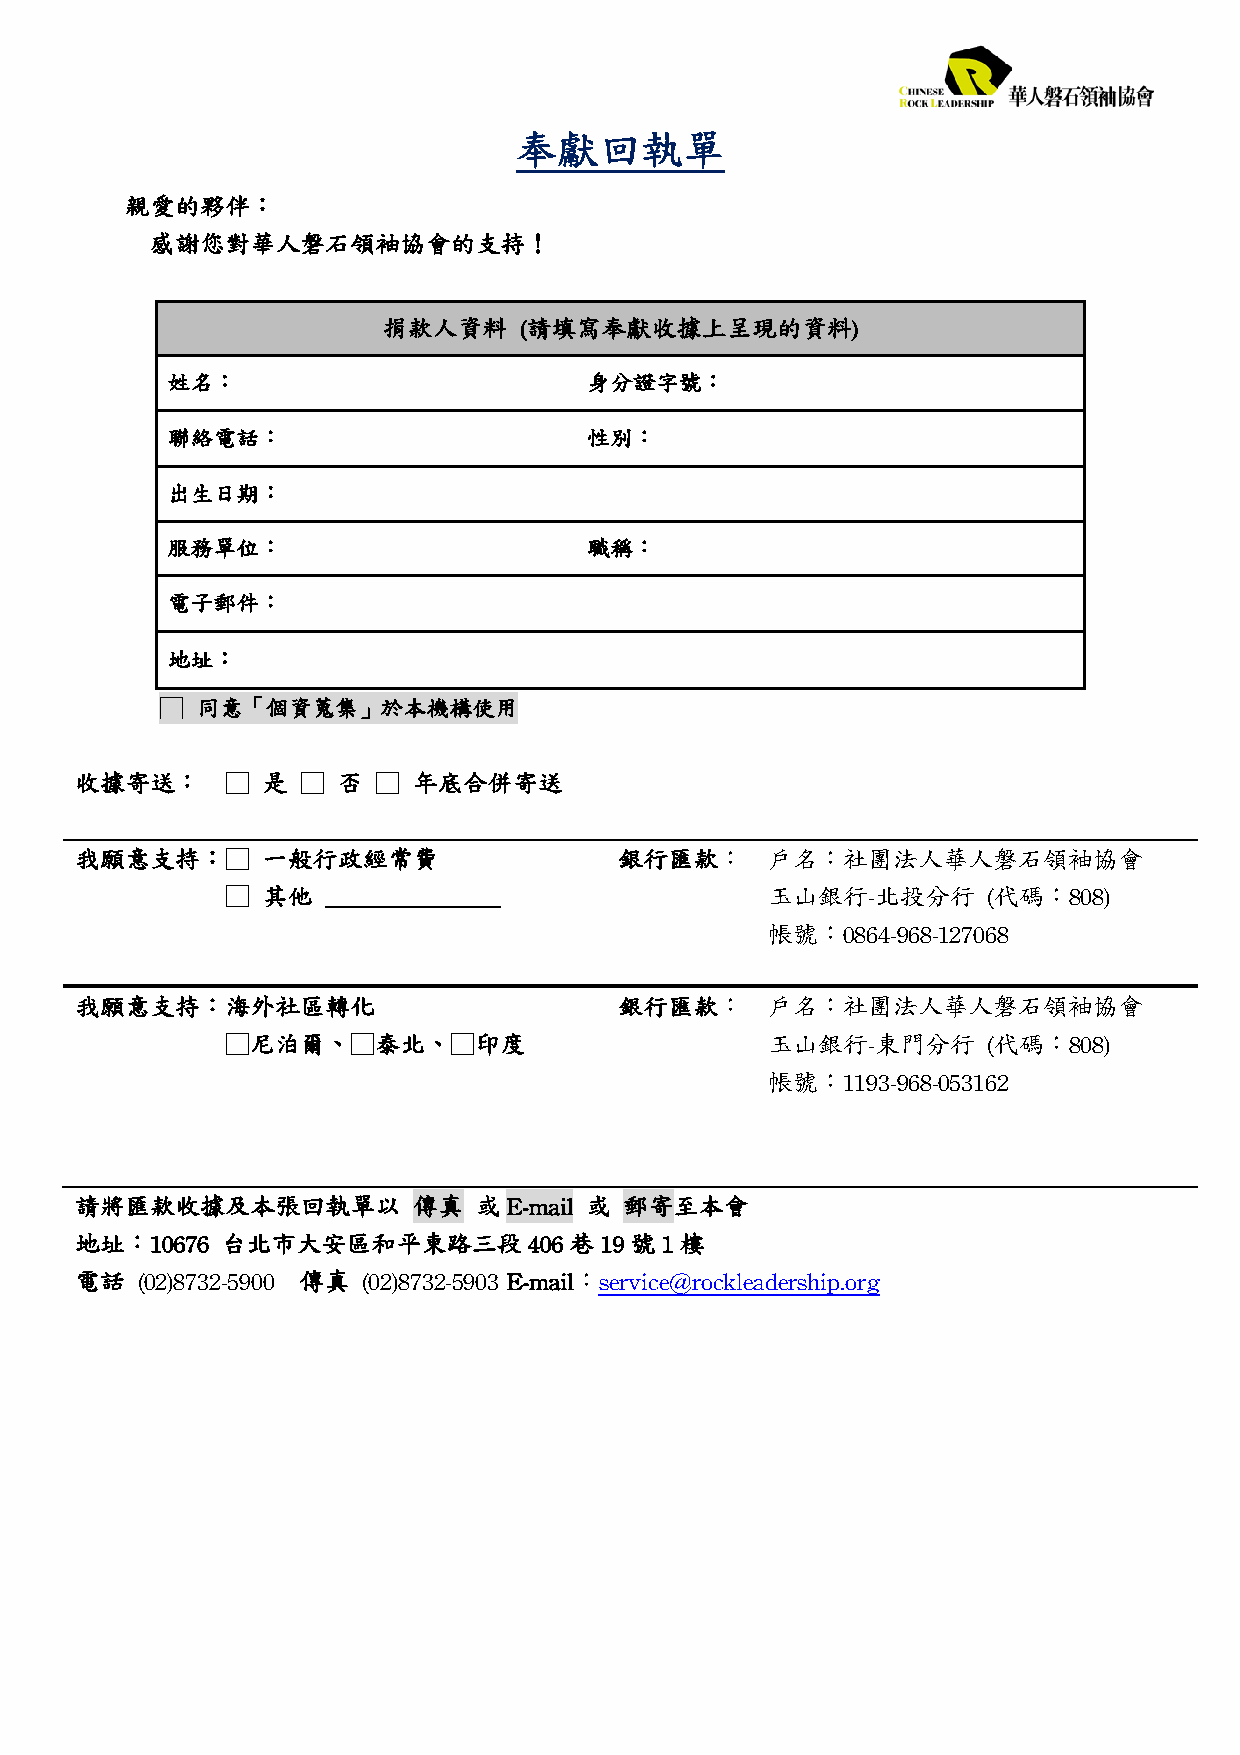
奉獻回執單
 親愛的夥伴：
 感謝您對華人磐石領袖協會的支持！
 捐款人資料    (請填寫奉獻收據上呈現的資料)
 姓名：                         身分證字號：
 聯絡電話：                       性別：
 出生日期：
 服務單位：                       職稱：
 電子郵件：
 地址：
 □ 同意「個資蒐集」於本機構使用
 收據寄送：     □ 是  □ 否  □ 年底合併寄送
 我願意支持：□     一般行政經常費                 銀行匯款：     戶名：社團法人華人磐石領袖協會
 □ 其他   ______________               玉山銀行-北投分行     (代碼：808)
 帳號：0864-968-127068
 我願意支持：海外社區轉化                        銀行匯款：     戶名：社團法人華人磐石領袖協會
 □尼泊爾、□泰北、□印度                        玉山銀行-東門分行     (代碼：808)
 帳號：1193-968-053162
 請將匯款收據及本張回執單以         傳真  或  E-mail 或 郵寄至本會
 地址：10676  台北市大安區和平東路三段        406 巷 19 號 1 樓
 電話  (02)8732-5900 傳真 (02)8732-5903 E-mail：service@rockleadership.org